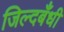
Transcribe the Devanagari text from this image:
जिल्दबँधी